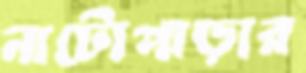
নাটোপাড়ার